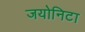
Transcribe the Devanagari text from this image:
जयोनिटा